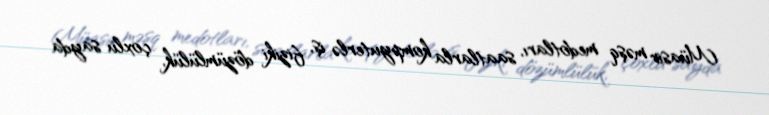
Müasir məşq medotları, saatlarla kompyuterlə iş, fiziki dözümlülük, çoxlu sayda